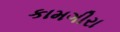
કામગીરા